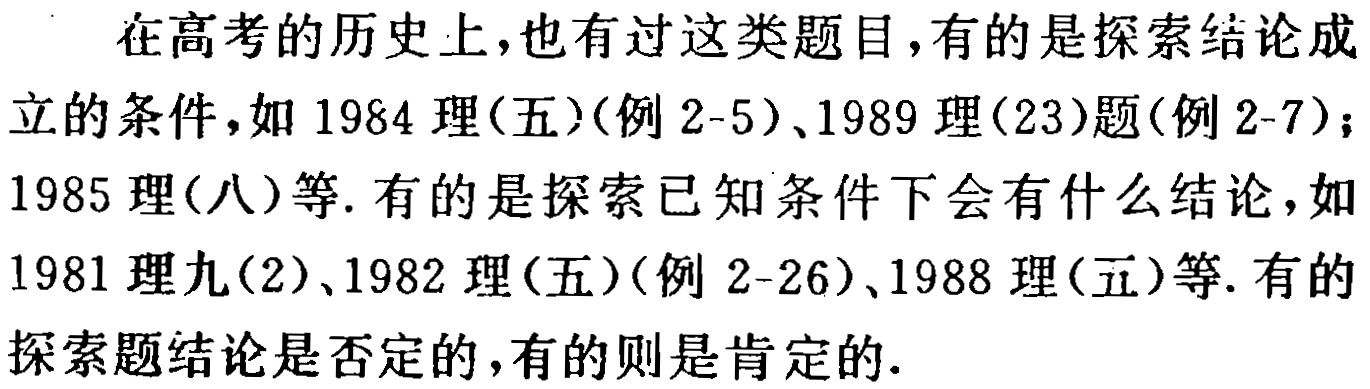
在高考的历史上,也有过这类题目,有的是探索结论成立的条件,如 1984 理(五)(例 2-5)、1989 理(23)题(例 2-7);1985 理(八)等. 有的是探索已知条件下会有什么结论,如 1981 理九(2)、1982 理(五)(例 2-26)、1988 理(五)等. 有的探索题结论是否定的,有的则是肯定的.